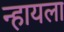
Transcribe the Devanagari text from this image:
न्हायला